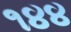
૧૪૪